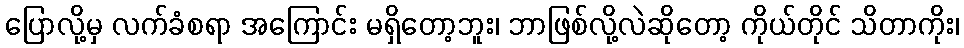
ပြောလို့မှ လက်ခံစရာ အကြောင်း မရှိတော့ဘူး၊ ဘာဖြစ်လို့လဲဆိုတော့ ကိုယ်တိုင် သိတာကိုး၊